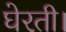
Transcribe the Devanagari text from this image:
घेरती।